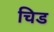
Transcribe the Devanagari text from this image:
चिड